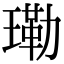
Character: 𤨕